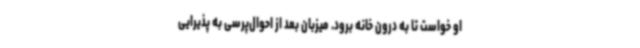
او خواست تا به درون خانه برود. میزبان بعد از احوال‌پرسی به پذیرایی